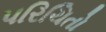
પરિચિતો